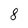
Character: 8